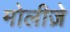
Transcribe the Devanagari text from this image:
मोलीज़े